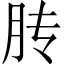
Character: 䏝